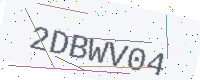
Text: 2DBWV04